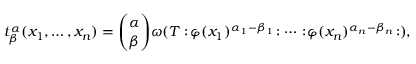
t _ { \beta } ^ { \alpha } ( x _ { 1 } , \ldots , x _ { n } ) = { \binom { \alpha } { \beta } } \omega ( T : \! \varphi ( x _ { 1 } ) ^ { \alpha _ { 1 } - \beta _ { 1 } } \! : \cdots : \! \varphi ( x _ { n } ) ^ { \alpha _ { n } - \beta _ { n } } \! : ) ,